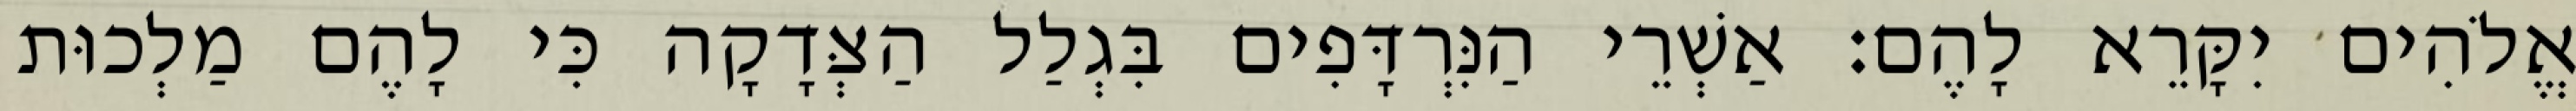
אֱלֹהִים יִקָּרֵא לָהֶם׃ אַשְׁרֵי הַנִּרְדָּפִים בִּגְלַל הַצְּדָקָה כִּי לָהֶם מַלְכוּת